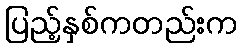
ပြည့်နှစ်ကတည်းက